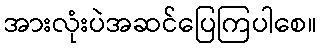
အားလုံးပဲအဆင်ပြေကြပါစေ။